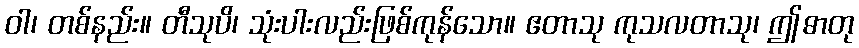
ဝါ၊ တစ်နည်း။ တီသုပိ၊ သုံးပါးလည်းဖြစ်ကုန်သော။ ဧတာသု ကုသလတာသု၊ ဤဓာတု